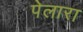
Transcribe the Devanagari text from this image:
पेलारा